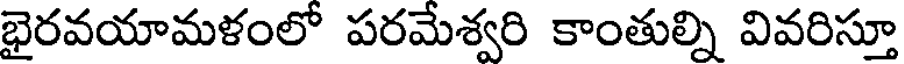
భైరవయామళంలో పరమేశ్వరి కాంతుల్ని వివరిస్తూ